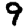
Digit: 9